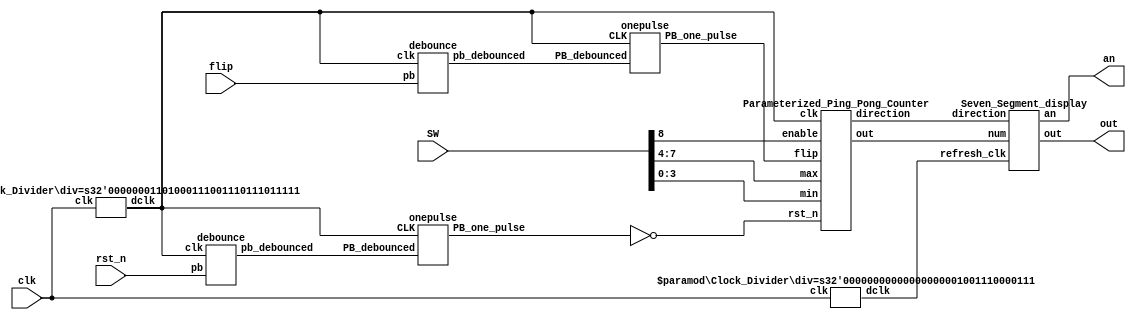
`timescale 1ns/1ps
module Parameterized_Ping_Pong_Counter_fpga(clk,SW,rst_n,flip,out,an);
input clk;
input [15:7]SW;//switch
input rst_n;//button
input flip;//button
output [6:0]out;//cathode
output [3:0]an;//anode

wire direction;
wire [3:0]num;
wire flip_db,flip_op;
wire rst_n_db,rst_n_op;
wire refresh_clk;
wire counter_clock_signal;

//generate two clock
Clock_Divider #(4999) CD1(clk,refresh_clk);
Clock_Divider #(27499999) CD2(clk,counter_clock_signal);

//generate one-pulse of rst_n
debounce de1(rst_n_db, rst_n, counter_clock_signal);
onepulse one1(rst_n_db, counter_clock_signal, rst_n_op);

//generate one-pulse of  flip
debounce de2(flip_db, flip, counter_clock_signal);
onepulse one2(flip_db,counter_clock_signal, flip_op);

//output num &direction
Parameterized_Ping_Pong_Counter par(counter_clock_signal,~rst_n_op, SW[15], flip_op, SW[14:11], SW[10:7], direction, num);

//display
Seven_Segment_display SS(refresh_clk,num,direction,out,an);
endmodule

//7-segment display
module Seven_Segment_display(
input wire refresh_clk,
input wire [3:0] num,
input wire direction,
output wire [6:0]out,
output wire [3:0]an);

wire [1:0] digit_counter;
wire [3:0] now_digit;

//generate 7 segment
Digit_Counter count(refresh_clk,digit_counter);
Anode_Control anode(digit_counter,an);
Digit_Control dig(num,direction,digit_counter,now_digit);
Cathode_Control cathode(now_digit,out);

endmodule

//digit_control
module Digit_Control(num,direction,count,now_digit);
input [3:0] num;
input direction;
input [1:0] count;
output reg[3:0] now_digit=0;

reg [3:0] tens,digits,dir_sign;
always@(*)begin
    if(direction==1'b1)dir_sign=10;
    else               dir_sign=11;
end
always@(*)begin
    if(num > 4'd9)begin
        tens   = 4'd1;
        digits = num-4'd10;
    end
    else begin
        tens   = 4'd0;
        digits = num;
    end
end
always@(count)begin
    case(count)
    2'b00:now_digit=dir_sign;//rightmost digit
    2'b01:now_digit=dir_sign;
    2'b10:now_digit=digits;
    2'b11:now_digit=tens;//leftmost digit
    default:now_digit=dir_sign;//default if wrong then d3
    endcase
end
endmodule


//Cathode_control
module Cathode_Control(input [3:0]bcd,output reg [6:0] out=0);
always @(bcd)
    begin
        case (bcd) //case statement
            0 : out = 7'b0000001;
            1 : out = 7'b1001111;
            2 : out = 7'b0010010;
            3 : out = 7'b0000110;
            4 : out = 7'b1001100;
            5 : out = 7'b0100100;
            6 : out = 7'b0100000;
            7 : out = 7'b0001111;
            8 : out = 7'b0000000;
            9 : out = 7'b0000100;
            10: out = 7'b0011101;//up_sign
            11: out = 7'b1100011;//down_sign
            default : out = 7'b0000000; 
        endcase
    end
    
endmodule


//clock_divider
module Clock_Divider #(parameter div=4999)(input wire clk,output reg dclk=0);

integer counter=0;
always@(posedge clk)begin
    if(counter==div)
    counter<=0;
    else
    counter<=counter+1;
end
always@(posedge clk)begin
    if(counter==div)
        dclk<=~dclk;
    else
        dclk<=dclk;
end
endmodule


//Anode_Control
module Anode_Control(input [1:0]count,output reg [3:0]an=0);
always@(count)begin
    case(count)
    2'b00:an=4'b1110;
    2'b01:an=4'b1101;
    2'b10:an=4'b1011;
    2'b11:an=4'b0111;
    default:an=4'b1101;//default if wrong then 3
    endcase
end
endmodule


//digit counter
module Digit_Counter(input dclk,output reg[1:0] count=0);
always @(posedge dclk)count<=count+1;
endmodule


// One-pulse circuit
module onepulse (PB_debounced, CLK, PB_one_pulse);
 input PB_debounced;
 input CLK;
 output PB_one_pulse;
 reg PB_one_pulse;
 reg PB_debounced_delay;
 always @(posedge CLK) begin
 PB_one_pulse <= PB_debounced & (! PB_debounced_delay);
 PB_debounced_delay <= PB_debounced;
 end
endmodule


//debounce
module debounce (pb_debounced, pb, clk);
 output pb_debounced; // signal of a pushbutton after being debounced
 input pb; // signal from a pushbutton 
 input clk; 
 
 reg [1:0] DFF; // use shift_reg to filter pushbutton bounce 
 always @(posedge clk) 
 begin
 DFF[1] <= DFF[0];
 DFF[0] <= pb;
 end
 assign pb_debounced = ((DFF == 2'b11) ? 1'b1 : 1'b0);
endmodule


//module
module Parameterized_Ping_Pong_Counter (clk, rst_n, enable, flip, max, min, direction, out);
input clk, rst_n;
input enable;
input flip;
input [3:0] max;
input [3:0] min;
output direction;
output [3:0] out;

reg [3:0]out;
reg direction;
reg next_dir;
reg [3:0]next_out;

always @(*)begin
    if((enable==1'b1)&&(max>min)&&(out>=min)&&(out<=max))begin
        if(flip==1'b1||((out==max)&&direction==1'b1)||((out==min)&&direction==1'b0))
           next_dir=~direction;
        else
            next_dir=direction;
            
        if(next_dir==1'b1)
            next_out=out+1'b1;
        else
            next_out=out-1'b1;
        
    end
    else begin
    next_out=out;
    next_dir=direction;
    end
end

always @(posedge clk)begin
    if(rst_n==1'b0)begin
        direction<=1'b1;
        out<=min;
    end
    else begin
        direction<=next_dir; 
        out<=next_out;
    end
end
endmodule